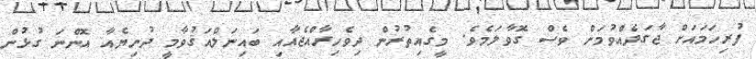
ފުރިހަމައަށް ޖާގަދެއްވުމަށް ވެސް ގޮވާލަމެވެ. މީގެއިތުރުން ދިވެހިރާއްޖެއާއި ބައިނަލްއަޤުވާމީ ދުނިޔެއާ އޮންނަ ގުޅުން